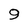
Character: 9